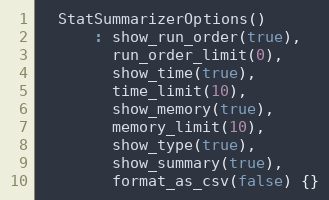
Language: C
  StatSummarizerOptions()
      : show_run_order(true),
        run_order_limit(0),
        show_time(true),
        time_limit(10),
        show_memory(true),
        memory_limit(10),
        show_type(true),
        show_summary(true),
        format_as_csv(false) {}